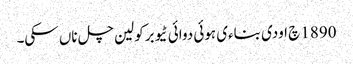
1890 چ اودی بناءی ہوئی دوائی ٹیوبرکولین چل ناں سکی۔